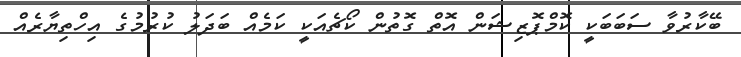
ބޭކާރުވާ ސަބަބަކީ ކޮމްޕޮޒިޝަން އޮތް ގޮތުން ކޯޗެއަކީ ކަމެއް ބަދަލު ކުރުމުގެ އިހްތިޔާރެއް